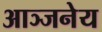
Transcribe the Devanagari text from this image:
आञ्जनेय